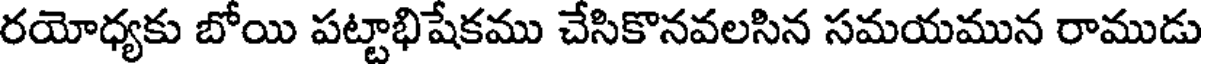
రయోధ్యకు బోయి పట్టాభిషేకము చేసికొనవలసిన సమయమున రాముడు